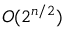
O ( 2 ^ { n / 2 } )